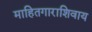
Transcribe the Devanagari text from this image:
माहितगाराशिवाय